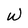
Character: w